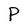
Character: P